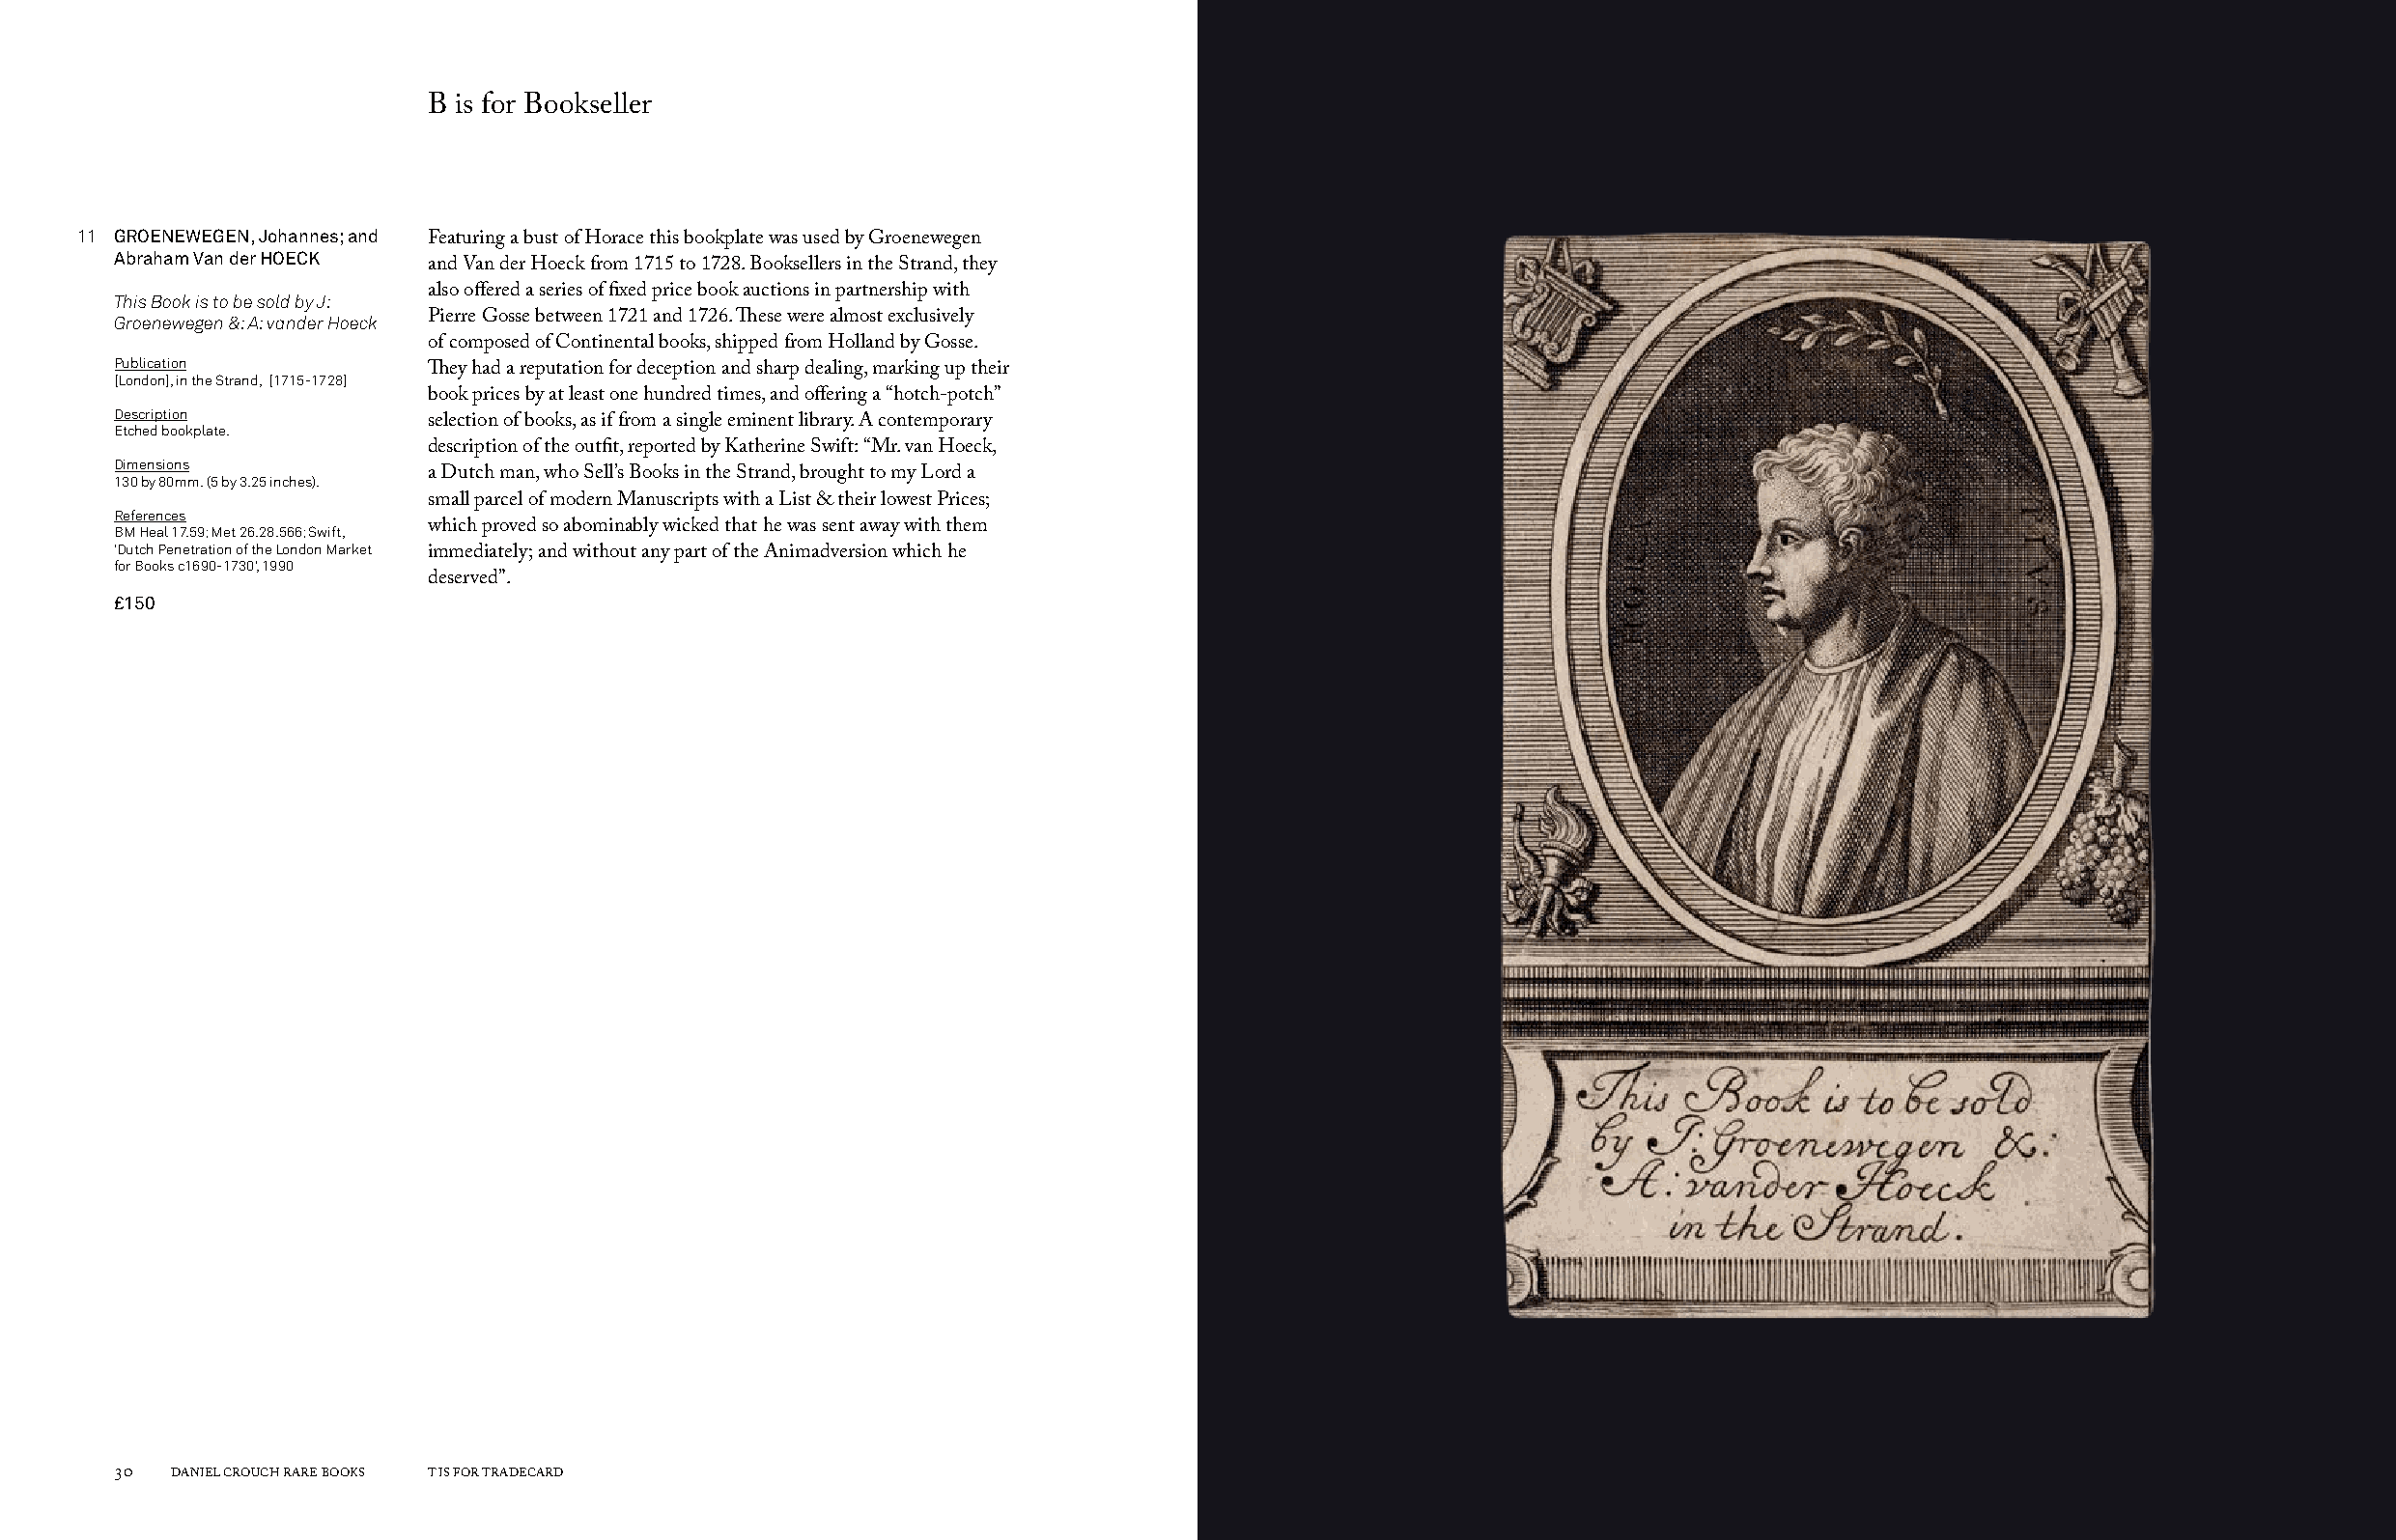
B is for Bookseller
 11 GROENEWEGEN, Johannes; and
 Featuring a bust of Horace this bookplate was used by Groenewegen
 Abraham Van der HOECK
 and Van der Hoeck from 1715 to 1728. Booksellers in the Strand, they
 This Book is to be sold by J: also offered a series of fixed price book auctions in partnership with
 Groenewegen &: A: vander Hoeck Pierre Gosse between 1721 and 1726. These were almost exclusively
 of composed of Continental books, shipped from Holland by Gosse.
 Publication
 They had a reputation for deception and sharp dealing, marking up their
 [London], in the Strand, [1715-1728]
 book prices by at least one hundred times, and offering a “hotch-potch”
 Description
 Etched bookplate.    selection of books, as if from a single eminent library. A contemporary
 description of the outfit, reported by Katherine Swift: “Mr. van Hoeck,
 Dimensions
 130 by 80mm. (5 by 3.25 inches). a Dutch man, who Sell’s Books in the Strand, brought to my Lord a
 small parcel of modern Manuscripts with a List & their lowest Prices;
 References
 BM Heal 17.59; Met 26.28.566; Swift, which proved so abominably wicked that he was sent away with them
 ‘Dutch Penetration of the London Market
 immediately; and without any part of the Animadversion which he
 for Books c1690-1730’, 1990
 deserved”.
 £150
 30  DANIEL CROUCH RARE BOOKS T IS FOR TRADECARD                                                                       T IS FOR TRADECARD DANIEL CROUCH RARE BOOKS 31